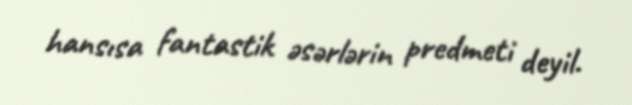
hansısa fantastik əsərlərin predmeti deyil.